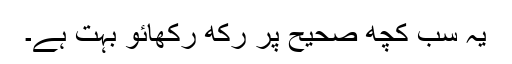
یہ سب کچھ صحیح پر رکھ رکھائو بہت ہے۔